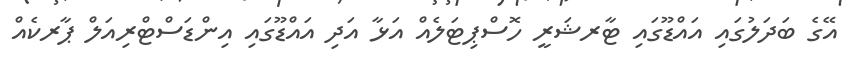
އޭގެ ބަދަލުގައި އައްޑޫގައި ޓާރޝަރީ ހޮސްޕިޓަލެއް އަޅާ އަދި އައްޑޫގައި އިންޑަސްޓްރިއަލް ޕާރކެއް